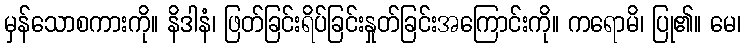
မှန်သောစကားကို။ နိဒါနံ၊ ဖြတ်ခြင်းရိပ်ခြင်းနှုတ်ခြင်းအကြောင်းကို။ ကရောမိ၊ ပြု၏။ မေ၊